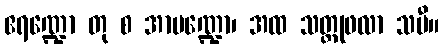
ဧရဏ္ဍော တု စ အာမဏ္ဍော၊ အထ သတ္တုဖလာ သမီ။